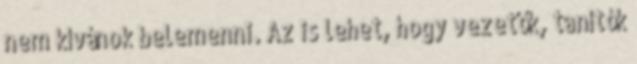
nem kívánok belemenni. Az is lehet, hogy vezetők, tanítók